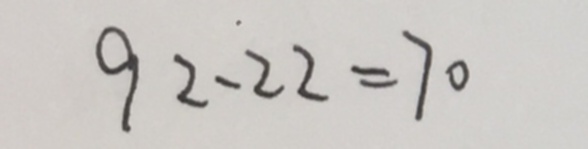
9 2 - 2 2 = 7 0